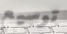
توسيع